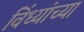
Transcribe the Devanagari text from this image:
विंध्यांच्या